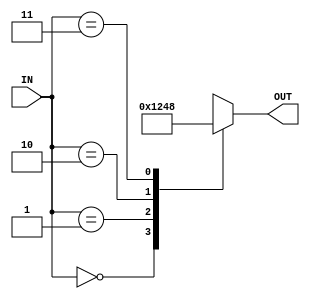
module Decoder_2to4
    (
	  input [1:0] IN,
      output reg [3:0] OUT
    );

always @(*) begin
	case(IN)
		2'b00:OUT=4'b0001;
		2'b01:OUT=4'b0010;
		2'b10:OUT=4'b0100;
		2'b11:OUT=4'b1000;
	endcase
end

endmodule